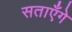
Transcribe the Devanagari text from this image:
सताएँगे